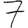
Digit: 7